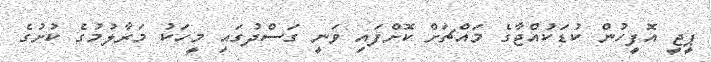
ޕީޖީ އޮފީހުން ކުޑަކުއްޖާގެ މައްޗަށް ކޮށްފައި ވަނީ ގަސްދުގައި މީހަކު މަރާލުމުގެ ކުށުގެ